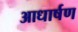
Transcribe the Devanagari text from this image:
आधार्षण